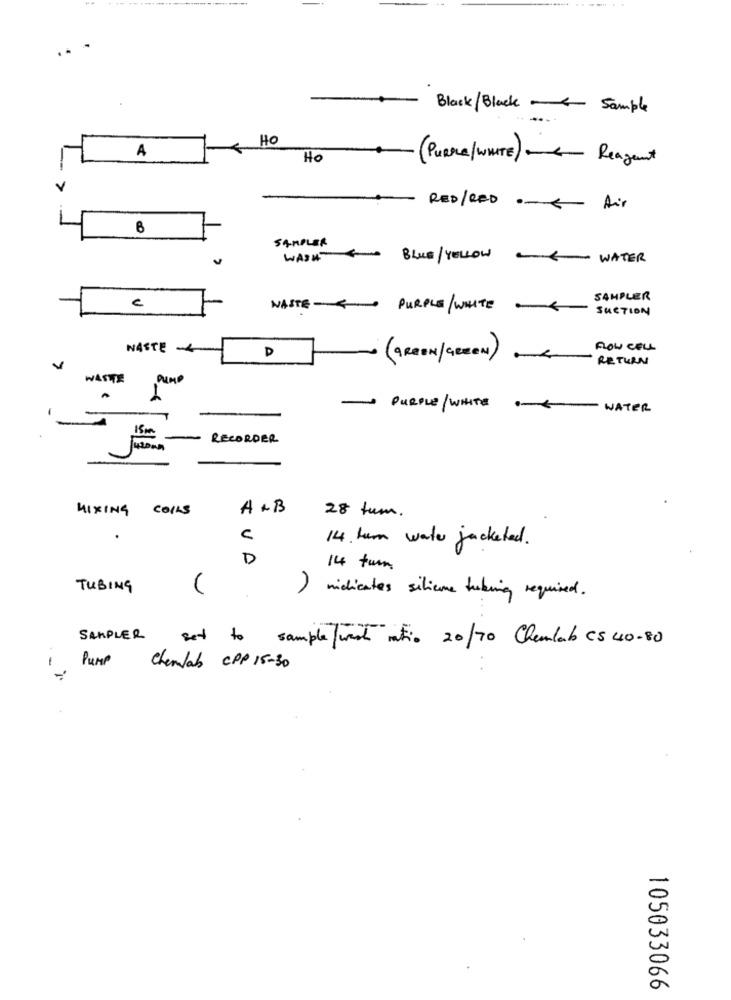
Black/ Black - Sample
HO
A
Ho
( PuRe / WHITE) - Reagent
RED/ RED ---- Air
SAMPLER
WASH
BLUE/YELLOW
-- WATER
SAMPLER
e
WASTE -<
PURPLE/ WHITE
SUCTION
WASTE -
D
FLOW CELL
(GREEN/GREEN) -
RETURN
WAST
PUMP
-
- PURPLE / WHITE
WATER
15mm
-
RECORDER
MIXING COLLS
A+B
28 tun.
c
14. hur water jacketed.
D
14 turn
TUBING
) midicates silieme tubing required.
SAMPLER
set to sample west into 20/70 Chemlab CS 40-80
PUMP
Chemlab CPP 15-30
105033066